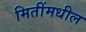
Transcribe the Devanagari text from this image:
मितींमधील